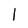
Character: I